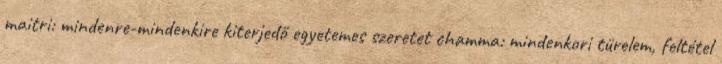
maitri: mindenre-mindenkire kiterjedő egyetemes szeretet chamma: mindenkori türelem, feltétel